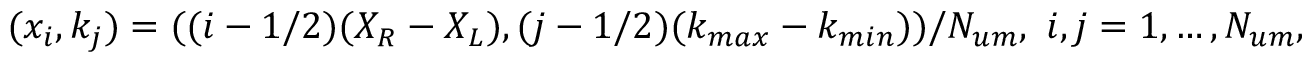
( x _ { i } , k _ { j } ) = ( ( i - { 1 } / { 2 } ) { ( X _ { R } - X _ { L } ) } , ( j - { 1 } / { 2 } ) ( k _ { m a x } - k _ { m i n } ) ) / { N _ { u m } } , \ i , j = 1 , \dots , N _ { u m } ,